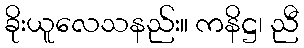
ခိုးယူလေသနည်း။ ကနိဋ္ဌ၊ ညီ